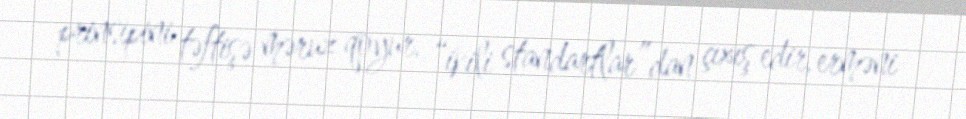
prinsipini təftişə məruz qoyur, “ikili standartlar”dan çıxış edir, erməni